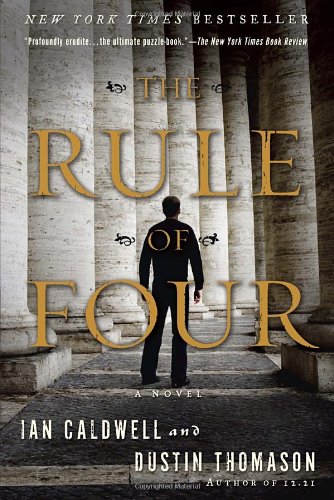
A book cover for The Rule of Four: A Novel; Ian Caldwell; Literature & Fiction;